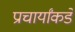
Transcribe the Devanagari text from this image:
प्राचार्यांकडे